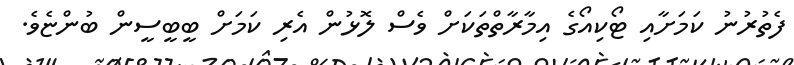
ފެތުރުނު ކަމަށާއި ޓޯކިއޯގެ އިމާރާތްތަކަށް ވެސް ލޮޅުން އެރި ކަމަށް ބީބީސީން ބުންޏެވެ.